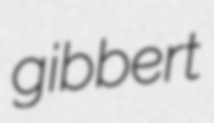
gibbert